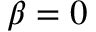
\beta = 0